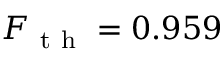
F _ { \mathrm { ~ t ~ h ~ } } = 0 . 9 5 9